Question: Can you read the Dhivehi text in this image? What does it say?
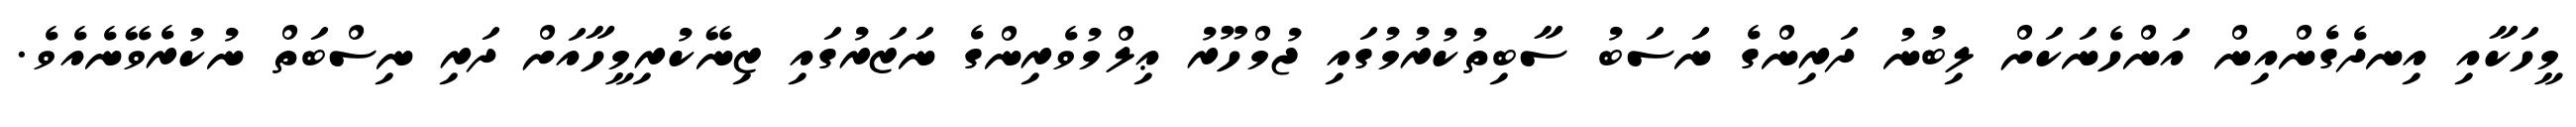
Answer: މީހަކާއި އިނދެގެންއިން އަންހެނަކަށް ލިބުނު ދަރިންގެ ނަސަބު ސާބިތުކުރުމުގައި ޖުމްހޫރު ޢިލްމުވެރިންގެ ނަޒަރުގައި ޒިނޭކުރިމީހާއަށް ދަރި ނިސްބަތް ނުކުރެވޭނެއެވެ.